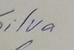
Signature authenticity: genuine